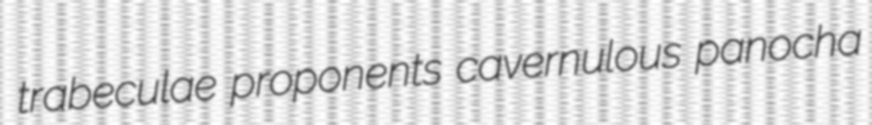
trabeculae proponents cavernulous panocha